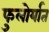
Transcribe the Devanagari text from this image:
फुलोर्यात